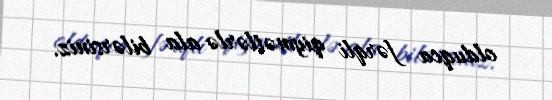
olduqca fərqli qiymətlərlə ala bilərsiniz.